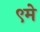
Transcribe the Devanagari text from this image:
९मे